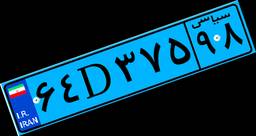
۶۴D۳۷۵۹۸